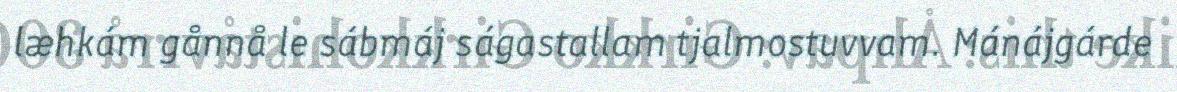
læhkám gånnå le sábmáj ságastallam tjalmostuvvam. Mánájgárde